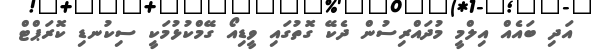
އަދި ބައެއް އިލްމީ މުދައްރިސުން ދެކޭ ގޮތުގައި ވީޑިއޯ ގޭމްކުޅުމަކީ ސިކުނޑި ކޮރަޕްޓް